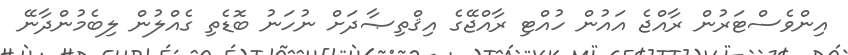
އިންވެސްޓަރުން ރާއްޖެ އައުން ހުއްޓި ރާއްޖޭގެ އިޤްތިޞާދަށް ނުހަނު ބޮޑެތި ގެއްލުން ލިބެމުންދާނޭ